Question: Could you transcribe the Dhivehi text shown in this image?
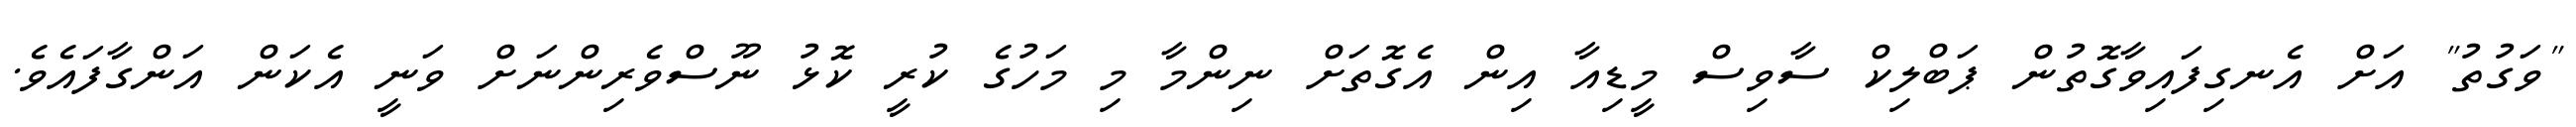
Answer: "ވަގުތު" އަށް އެނގިފައިވާގޮތުން ޕަބްލިކް ސާވިސް މީޑިއާ އިން އެގޮތަށް ނިންމާ މި މަހުގެ ކުރީ ކޮޅު ނޫސްވެރިންނަށް ވަނީ އެކަން އަންގާފައެވެ.